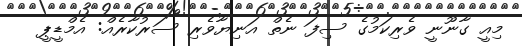
މިއީ ގާނޫނީ ވެރިކަމުގެ ސިފަ ނެތް އަނިޔާވެރި ސަރުކާރެއް: އެމްޑީޕީ